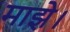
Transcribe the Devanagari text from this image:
माझे।